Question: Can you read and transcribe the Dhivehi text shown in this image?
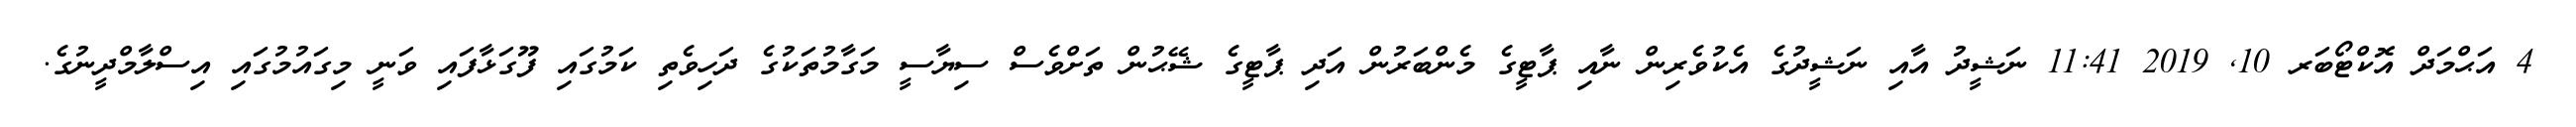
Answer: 4 އަޙްމަދް އޮކްޓޯބަރ 10, 2019 11:41 ނަޝީދު އާއި ނަޝީދުގެ އެކުވެރިން ނާއި ޕާޓީގެ މެންބަރުން އަދި ޕާޓީގެ ޝޭޙުން ތަށްވެސް ސިޔާސީ މަގާމުތަކުގެ ދަހިވެތި ކަމުގައި ފޫގަޅާފައި ވަނީ މިގައުމުގައި އިސްލާމްދީނުގެ.